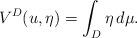
LaTeX: \begin{align*}V^D(u,\eta)=\int_D\eta\,d\mu.\end{align*}